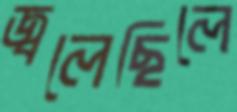
জ্বলেছিলে